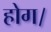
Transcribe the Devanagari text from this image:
होग।